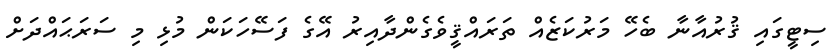
ސިޓީގައި ޤުރުއާނާ ބެހޭ މަރުކަޒެއް ތަރައްޤީވެގެންދާއިރު އޭގެ ފަސޭހަކަން މުޅި މި ސަރަޙައްދަށް